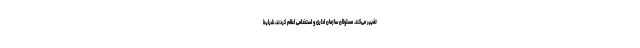
تغییر می‌کند. مسئولان سازمان اداری و استخدامی اعلام کردند، شرایط